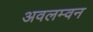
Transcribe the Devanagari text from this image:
अवलम्वन